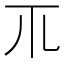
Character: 𥘅